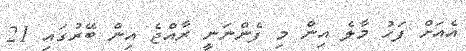
އެއަށް ފަހު މާލެ އިން މި ފެންނަނީ ރާއްޖެ އިން ބޭރުގައި 21